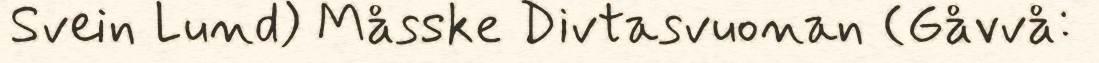
Svein Lund) Måsske Divtasvuonan (Gåvvå: